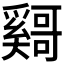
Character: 𫰄